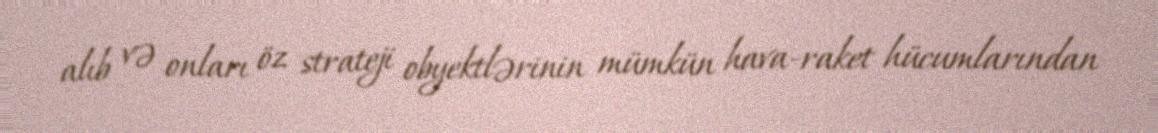
alıb və onları öz strateji obyektlərinin mümkün hava-raket hücumlarından